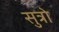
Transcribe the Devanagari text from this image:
सुत्रो